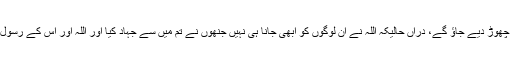
جاوید احمد غامدی کیا تم نے گمان کر رکھا ہے کہ یوں ہی چھوڑ دیے جاؤ گے، دراں حالیکہ اللہ نے اُن لوگوں کو ابھی جانا ہی نہیں جنھوں نے تم میں سے جہاد کیا اور اللہ اور اُس کے رسول اور اُن کے ماننے والوں کے سوا کسی کو دوست نہیں بنایا۔